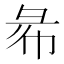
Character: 㣇